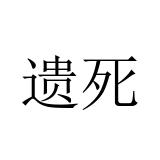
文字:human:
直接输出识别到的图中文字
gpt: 遗死